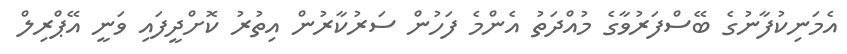
އެމަނިކުފާނުގެ ބޭސްފަރުވާގެ މުއްދަތު އެންމެ ފަހުން ސަރުކާރުން އިތުރު ކޮށްދީފައި ވަނީ އޭޕްރިލް